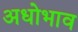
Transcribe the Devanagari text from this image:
अधोभाव